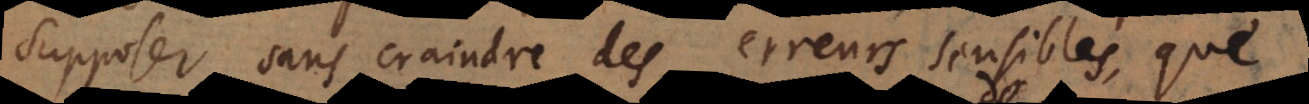
supposer sans craindre des erreurs sensibles, que